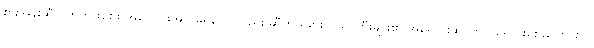
စားအုန်းဆီလက်ကားဈေး အပြောင်းအလဲမရှိသော်လည်း ဆီကိုယ်စားလှယ် ကြီးများ၏ အရောင်းဆိုင်တွင် ရောင်းဈေးပြောင်းလဲ